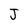
Character: J